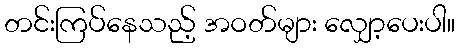
တင်းကြပ်နေသည့် အဝတ်များ လျှော့ပေးပါ။